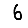
Digit: 6